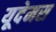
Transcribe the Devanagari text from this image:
यूदेमस